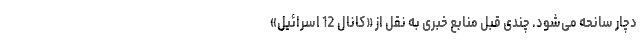
دچار سانحه می‌شود. چندی قبل منابع خبری به نقل از «کانال 12 اسرائیل»